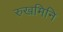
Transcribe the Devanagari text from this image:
रुखमिनि